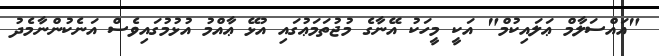
"އައްސަލާމް ޢަލައިކުމް" އަކީ މީހަކު އޭނާގެ މުޖުތަމަޢުގައި އުޅޭ ޢާއްމު އުޅުމުގައިވެސް އަނެކުންނާމެދު